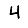
Digit: 4